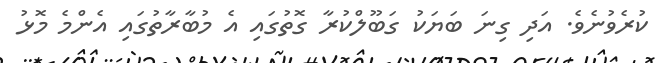
ކުރެވުނެވެ. އަދި ގިނަ ބަޔަކު ގަބޫލްކުރާ ގޮތުގައި އެ މުބާރާތުގައި އެންމެ މޮޅު